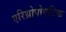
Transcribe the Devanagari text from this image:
एरिथ्रोपोएटिक